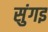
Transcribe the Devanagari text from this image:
सुंगइ